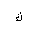
Letter: _kaf